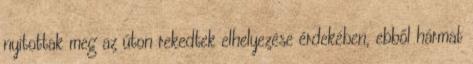
nyitottak meg az úton rekedtek elhelyezése érdekében, ebből hármat